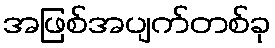
အဖြစ်အပျက်တစ်ခု